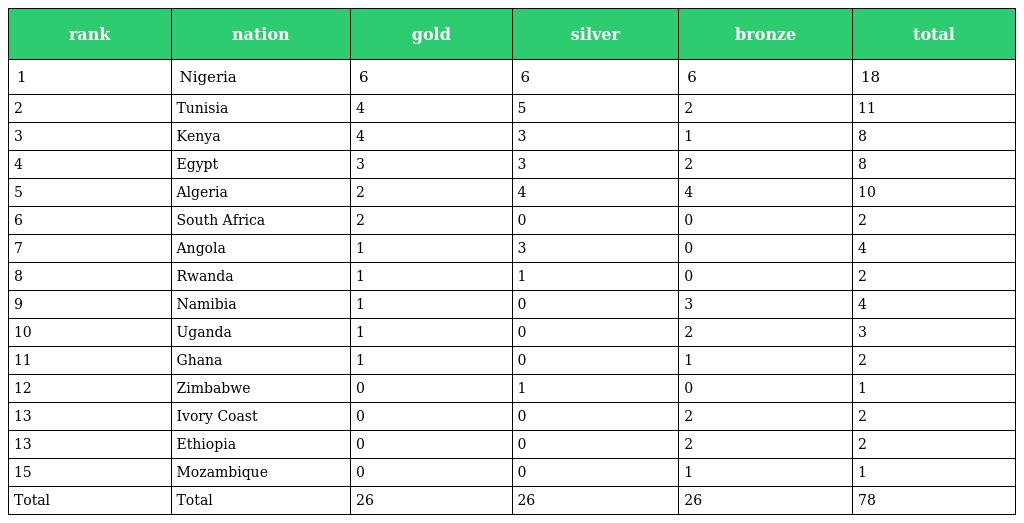
| rank | nation | gold | silver | bronze | total |
 | --- | --- | --- | --- | --- | --- |
 | 1 | Nigeria | 6 | 6 | 6 | 18 |
 | 2 | Tunisia | 4 | 5 | 2 | 11 |
 | 3 | Kenya | 4 | 3 | 1 | 8 |
 | 4 | Egypt | 3 | 3 | 2 | 8 |
 | 5 | Algeria | 2 | 4 | 4 | 10 |
 | 6 | South Africa | 2 | 0 | 0 | 2 |
 | 7 | Angola | 1 | 3 | 0 | 4 |
 | 8 | Rwanda | 1 | 1 | 0 | 2 |
 | 9 | Namibia | 1 | 0 | 3 | 4 |
 | 10 | Uganda | 1 | 0 | 2 | 3 |
 | 11 | Ghana | 1 | 0 | 1 | 2 |
 | 12 | Zimbabwe | 0 | 1 | 0 | 1 |
 | 13 | Ivory Coast | 0 | 0 | 2 | 2 |
 | 13 | Ethiopia | 0 | 0 | 2 | 2 |
 | 15 | Mozambique | 0 | 0 | 1 | 1 |
 | Total | Total | 26 | 26 | 26 | 78 |